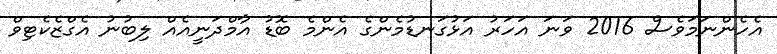
އެހެންނަމަވެސް 2016 ވަނަ އަހަރު އަޅުގަނޑުމެންގެ އެންމެ ބޮޑު އާމްދަނީއެއް ލިބުނު އެގްޒެކެޓިވް